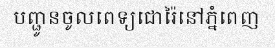
បញ្ជូនចូលពេទ្យជោរ៉ៃនៅភ្នំពេញ